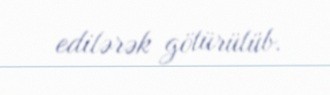
edilərək götürülüb.